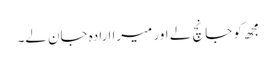
مجھ کو جانچ لے اور میرا اِرادہ جان لے۔